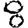
Digit: 8